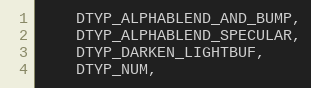
Language: C
	DTYP_ALPHABLEND_AND_BUMP,
	DTYP_ALPHABLEND_SPECULAR,
	DTYP_DARKEN_LIGHTBUF,
	DTYP_NUM,